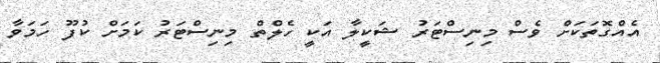
އެއްގޮތަކަށް ވެސް މިނިސްޓަރު ޝަކީލާ އަކީ ހެލްތް މިނިސްޓަރު ކަމަށް ކުފޫ ހަމަވާ